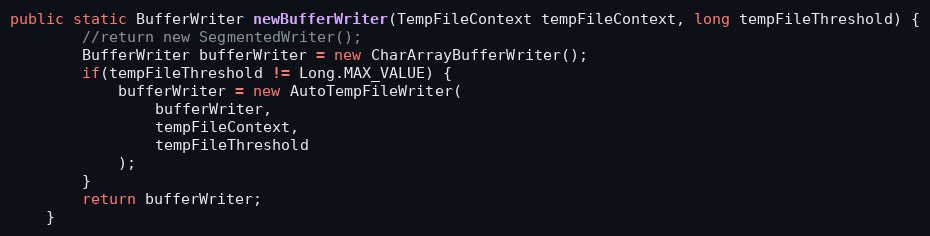
Language: Java
public static BufferWriter newBufferWriter(TempFileContext tempFileContext, long tempFileThreshold) {
		//return new SegmentedWriter();
		BufferWriter bufferWriter = new CharArrayBufferWriter();
		if(tempFileThreshold != Long.MAX_VALUE) {
			bufferWriter = new AutoTempFileWriter(
				bufferWriter,
				tempFileContext,
				tempFileThreshold
			);
		}
		return bufferWriter;
	}